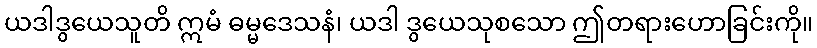
ယဒါဒွယေသူတိ ဣမံ ဓမ္မဒေသနံ၊ ယဒါ ဒွယေသုစသော ဤတရားဟောခြင်းကို။